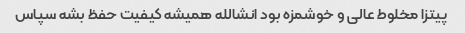
پیتزا مخلوط عالی و خوشمزه بود انشالله همیشه کیفیت حفظ بشه سپاس